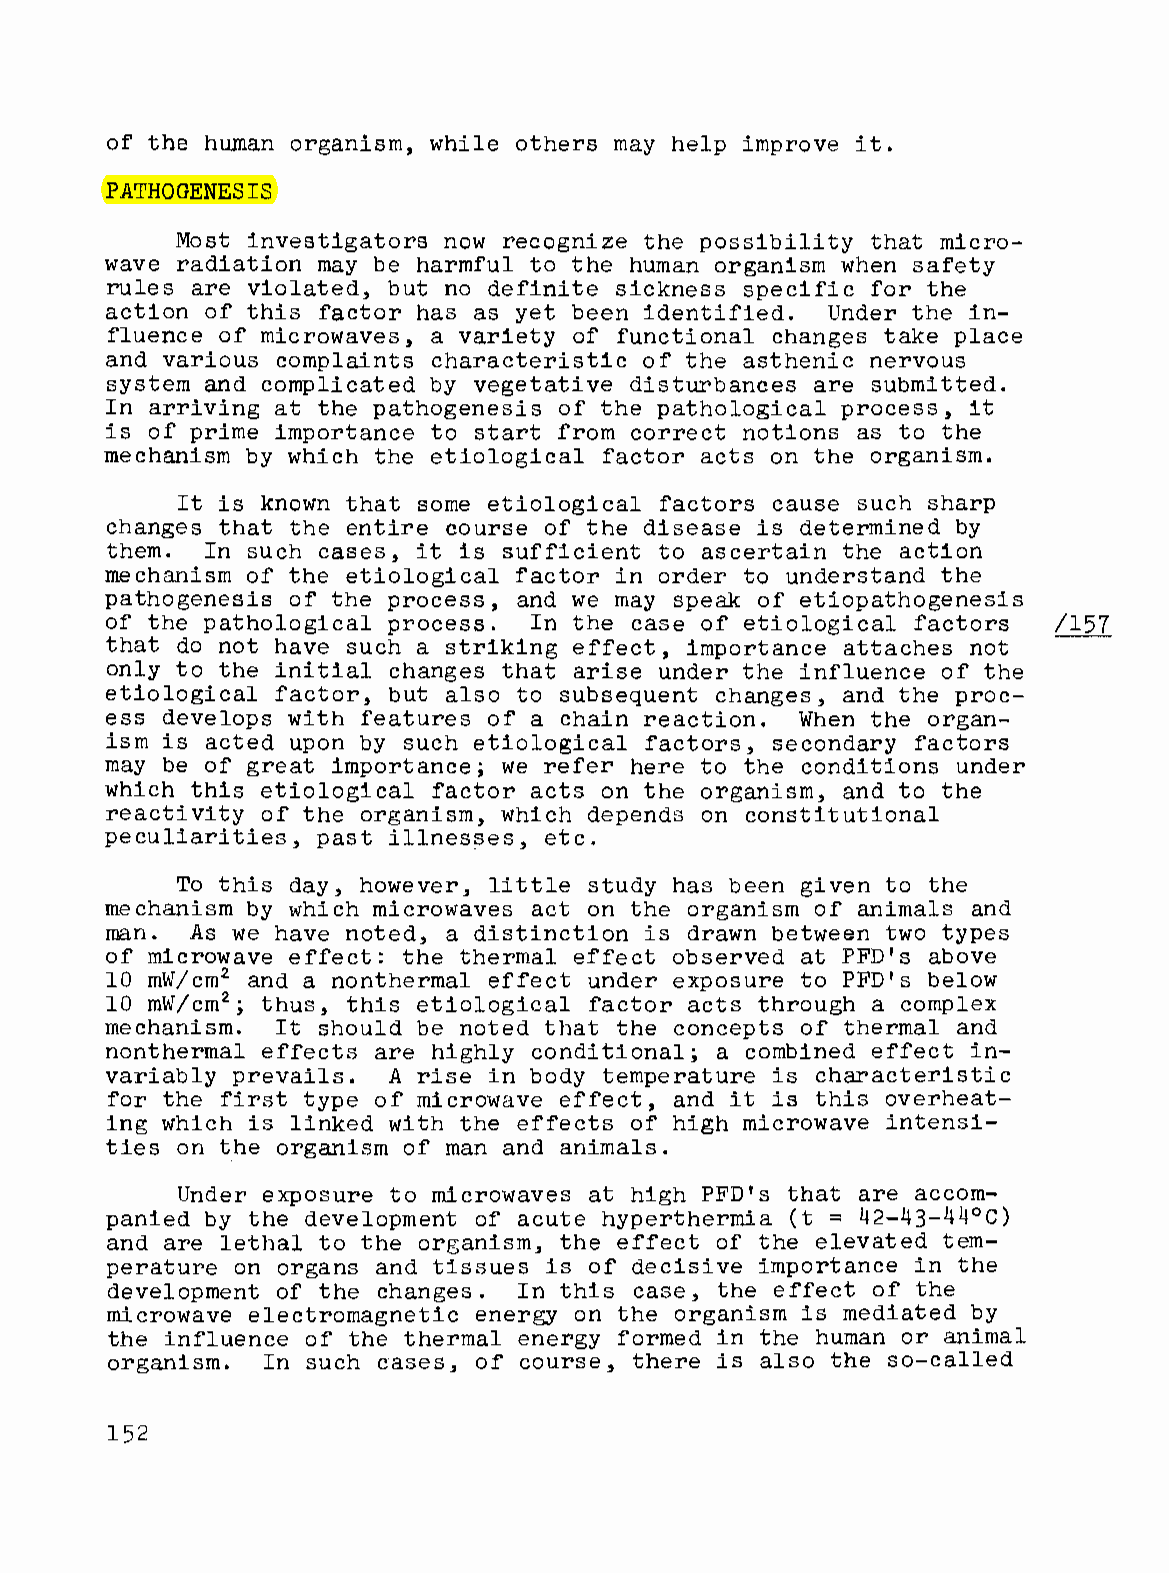
of the human organism, while others may help improve it.
 PATHOGENESIS
 Most investigators now recognize the possibility that micro
 wave radiation may be harmful to the human organism when safety
 rules are violated, but no definite sickness specific for the
 action of this factor has as yet been identified. Under the in
 fluence of microwaves, a variety of functional changes take place
 and various complaints characteristic of the asthenic nervous
 system and complicated by vegetative disturbances are submitted.
 In arriving at the pathogenesis of the pathological process, it
 is of prime importance to start from correct notions as to the
 mechanism by which the etiological factor acts on the organism.
 It is known that some etiological factors cause such sharp
 changes that the entire course of the disease is determined by
 them.  In such cases, it is sufficient to ascertain the action
 mechanism of the etiolo cal factor in order to understand the
 pathogenesis of the process, and we may speak of etiopathogenesis
 of the pathological process. In the case of etiological factors /157
 that do not have such a striking effect, importance attaches not
 only to the initial changes that arise under the influence of the
 etiological factor, but also to subsequent changes, and the proc-
 ess develops with features of a chain reaction. When the organ-
 ism is acted upon by such etiological factors, secondary factors
 may be of great importance; we refer here to the conditions under
 which this etiological factor acts on the organism, and to the
 reactivity of the organism, which depends on constitutional
 peculiarities, past          etc.
 illnes~es,
 To this day, however, little study has been given to the
 mechanism by which microwaves act on the organism of animals and
 man.  As we have noted, a distinction is drawn between two types
 of microwave effect: the thermal effect observed at PFD's above
 2
 10 mW/cm and a nonthermal effect under exposure to PFD's below
 10 mW/cm2; thus, this etiological factor acts through a complex
 mechanism. It should be noted that the concepts of thermal and
 nonthermal effects are highly conditional; a combined effect in
 variably prevails. A rise in body temperature is characteristic
 for the first type of microwave effect, and it is this overheat
 ing which is linked with the effects of high microwave intensi
 ties on the organism of man and animals.
 Under exposure to microwaves at high PFD's that are accom
 panied by the development of acute hyperthermia (t = 42-43-44°C)
 and are lethal to the organism, the effect of the elevated tem
 perature on organs and tissues is of decisive importance in the
 development of the changes. In this case, the effect of the
 microwave electromagnetic energy on the organism is mediated by
 the influence of the thermal energy formed in the human or animal
 organism. In such cases, of course, there is also the so-called
 152